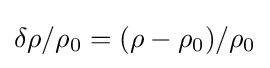
\delta \rho /\rho _{0}=(\rho -\rho _{0})/\rho _{0}